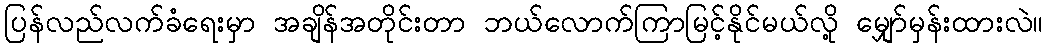
ပြန်လည်လက်ခံရေးမှာ အချိန်အတိုင်းတာ ဘယ်လောက်ကြာမြင့်နိုင်မယ်လို့ မျှော်မှန်းထားလဲ။